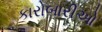
કારોબારીઓ